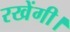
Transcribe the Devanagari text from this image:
रखेंगी।